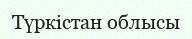
Түркістан облысы